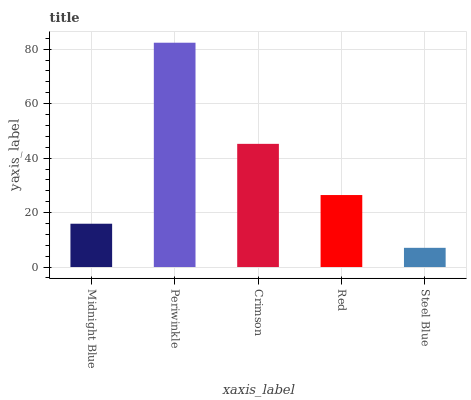
| xaxis_label | bars |
 | --- | --- |
 | Midnight Blue | 15.9 |
 | Periwinkle | 82.4 |
 | Crimson | 45.2 |
 | Red | 26.4 |
 | Steel Blue | 7.05 |